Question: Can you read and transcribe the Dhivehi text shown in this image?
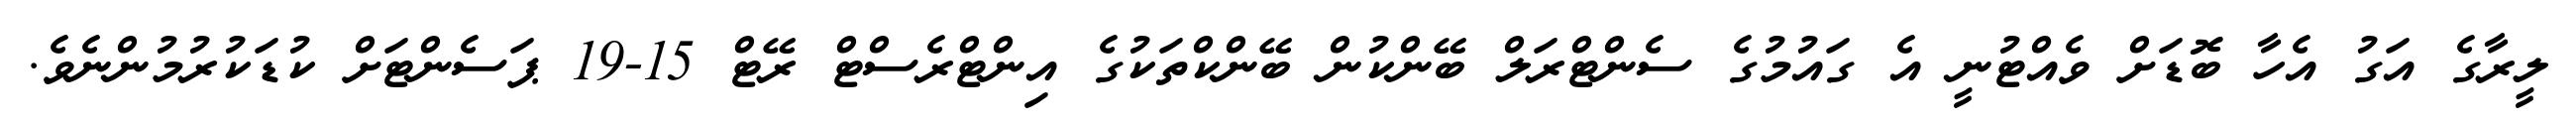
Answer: ލީރާގެ އަގު އެހާ ބޮޑަށް ވެއްޓުނީ އެ ގައުމުގެ ސެންޓްރަލް ބޭންކުން ބޭންކްތަކުގެ އިންޓްރެސްޓް ރޭޓް 15-19 ޕަސެންޓަށް ކުޑަކުރުމުންނެވެ.